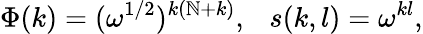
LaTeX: \Phi(k)=(\omega^{1/2})^{k(\mathbb{N}+k)},~~~s(k,l)=\omega^{kl},